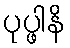
ပုပ္ဖါနိ